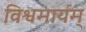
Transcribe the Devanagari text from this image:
विश्वमार्यम्‌